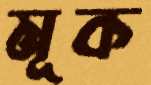
মূক